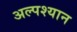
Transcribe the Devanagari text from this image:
अल्पश्यान